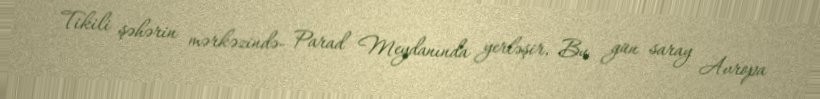
Tikili şəhərin mərkəzində- Parad Meydanında yerləşir, Bu gün saray Avropa